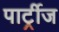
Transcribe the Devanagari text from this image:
पार्ट्रीज